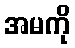
အမကို